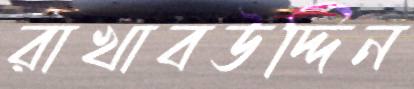
রাখাবউদ্দিন